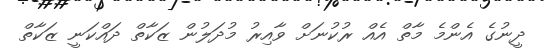
ދީނުގެ އެންމެ މާތް އެއް ރުކުނަށް ވާއިރު މުދަލުން ޒަކާތް ދައްކަނީ ޒަކާތް